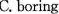
C. boring